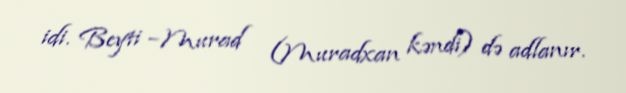
idi. Beyti –Murad (Muradxan kəndi) də adlanır.